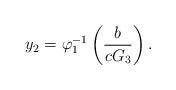
LaTeX: \begin{align*}y_{2}=\varphi^{-1}_{1} \left( \frac{b}{cG_{3}} \right).\end{align*}